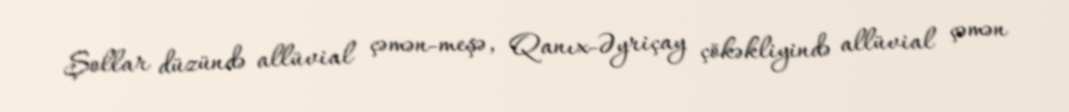
Şollar düzündə allüvial çəmən-meşə, Qanıx-Əyriçay çökəkliyində allüvial çəmən